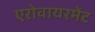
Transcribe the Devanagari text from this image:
एरोवायरमेंट